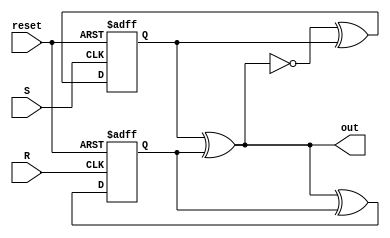
module rsFF (
    input reset,
    input S, R,
    output out
);

    // Use a pair of T flip flops
    // T flip flop 1:   Controls the toggle of Qs, 
    //                  enabled by ~out (only active when out = 0)
    // T flip flop 2:   Controls the toggle of Qr, 
    //                  enabled by out  (only active when out = 1)
    //
    // Output toggles on alternating R and S rising edge. 
    // (Implemented by a XOR)
    // Repeating S and R does not matter.
    //

    wire    Ds, Dr;
    reg     Qs, Qr;


    assign Ds = (~out)  ^ Qs;
    assign Dr = (out)   ^ Qr;
    assign out = Qs ^ Qr;



    // Tff 1
    always @(posedge S, posedge reset)begin
        if (reset)  Qs <= 0;
        else        Qs <= Ds;
    end

    // Tff 2
    always @(posedge R, posedge reset) begin
        if (reset)  Qr <= 0;
        else        Qr <= Dr;
    end


endmodule